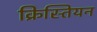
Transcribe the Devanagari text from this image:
क्रिस्तियन